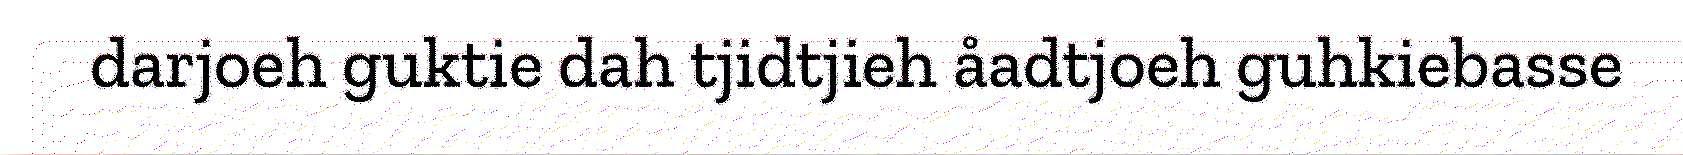
darjoeh guktie dah tjidtjieh åadtjoeh guhkiebasse